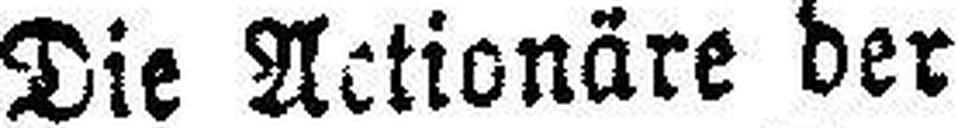
Die Actionäre der